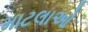
માટલાઓ